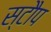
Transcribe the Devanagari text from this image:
स्टौप